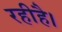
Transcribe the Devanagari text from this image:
रहीहै।